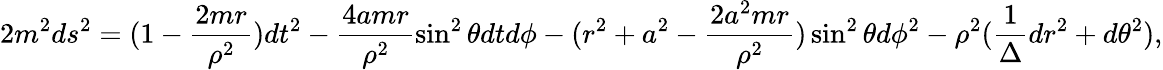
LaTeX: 2m^{2}ds^{2}=(1-\frac{2mr}{\rho^{2}})dt^{2}-\frac{4amr}{\rho^{2}}\sin^{2}\theta dtd\phi-(r^{2}+a^{2}-\frac{2a^{2}mr}{\rho^{2}})\sin^{2}\theta d\phi^{2}-\rho^{2}(\frac{1}{\Delta}dr^{2}+d\theta^{2}),